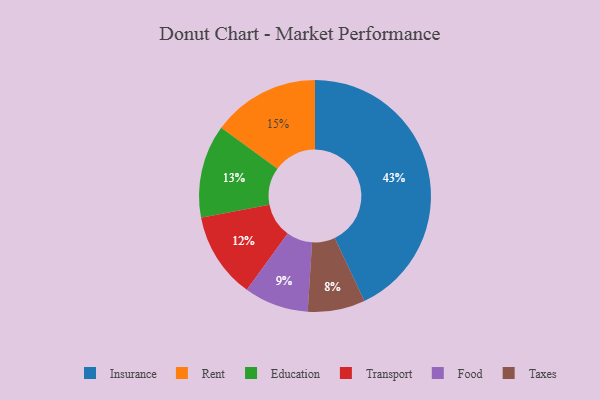
{"axis": {"x": "Category", "y": "Percentage"}, "legend": ["Education", "Food", "Insurance", "Rent", "Taxes", "Transport"], "data": [{"x": "Transport", "y": 12, "type": "Transport"}, {"x": "Taxes", "y": 8, "type": "Taxes"}, {"x": "Food", "y": 9, "type": "Food"}, {"x": "Education", "y": 13, "type": "Education"}, {"x": "Rent", "y": 15, "type": "Rent"}, {"x": "Insurance", "y": 43, "type": "Insurance"}]}